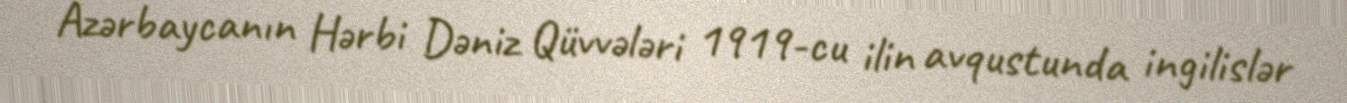
Azərbaycanın Hərbi Dəniz Qüvvələri 1919-cu ilin avqustunda ingilislər